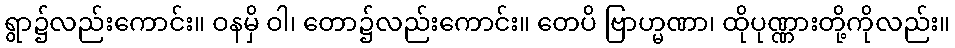
ရွာ၌လည်းကောင်း။ ဝနမှိ ဝါ၊ တော၌လည်းကောင်း။ တေပိ ဗြာဟ္မဏာ၊ ထိုပုဏ္ဏားတို့ကိုလည်း။